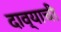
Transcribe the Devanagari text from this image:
दाव्याची